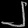
Digit: ၂